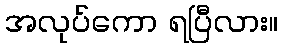
အလုပ်ကော ရပြီလား။